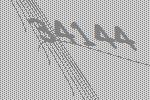
34144